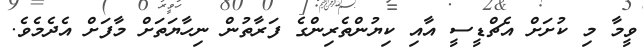
ވީމާ މި ކުށަށް އެޗްޑީސީ އާއި ކިޔުންތެރިންގެ ފަރާތުން ނިހާޔަތަށް މާފަށް އެދެމެވެ.